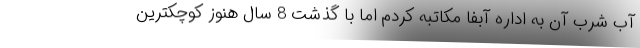
آب شرب آن به اداره آبفا مکاتبه کردم اما با گذشت 8 سال هنوز کوچکترین